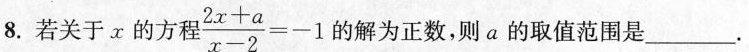
8.若关于x的方程$$\frac{2x+a}{x-2}=-1$$ 的解为正数，则α的取值范围是_____。